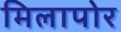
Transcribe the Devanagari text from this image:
मिलापोर